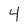
Character: 4